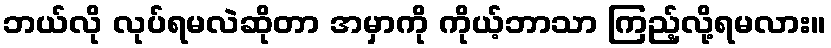
ဘယ်လို လုပ်ရမလဲဆိုတာ အမှာကို ကိုယ့်ဘာသာ ကြည့်လို့ရမလား။